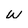
Character: w